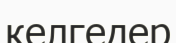
келгедер